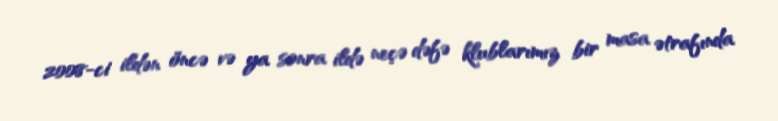
2008-ci ildən öncə və ya sonra ildə neçə dəfə klublarımız bir masa ətrafında